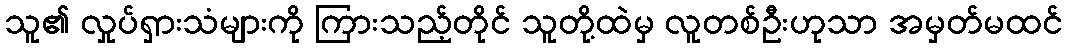
သူ၏ လှုပ်ရှားသံများကို ကြားသည့်တိုင် သူတို့ထဲမှ လူတစ်ဦးဟုသာ အမှတ်မထင်